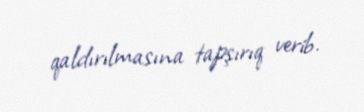
qaldırılmasına tapşırıq verib.